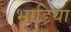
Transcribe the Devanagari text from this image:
भाडिया